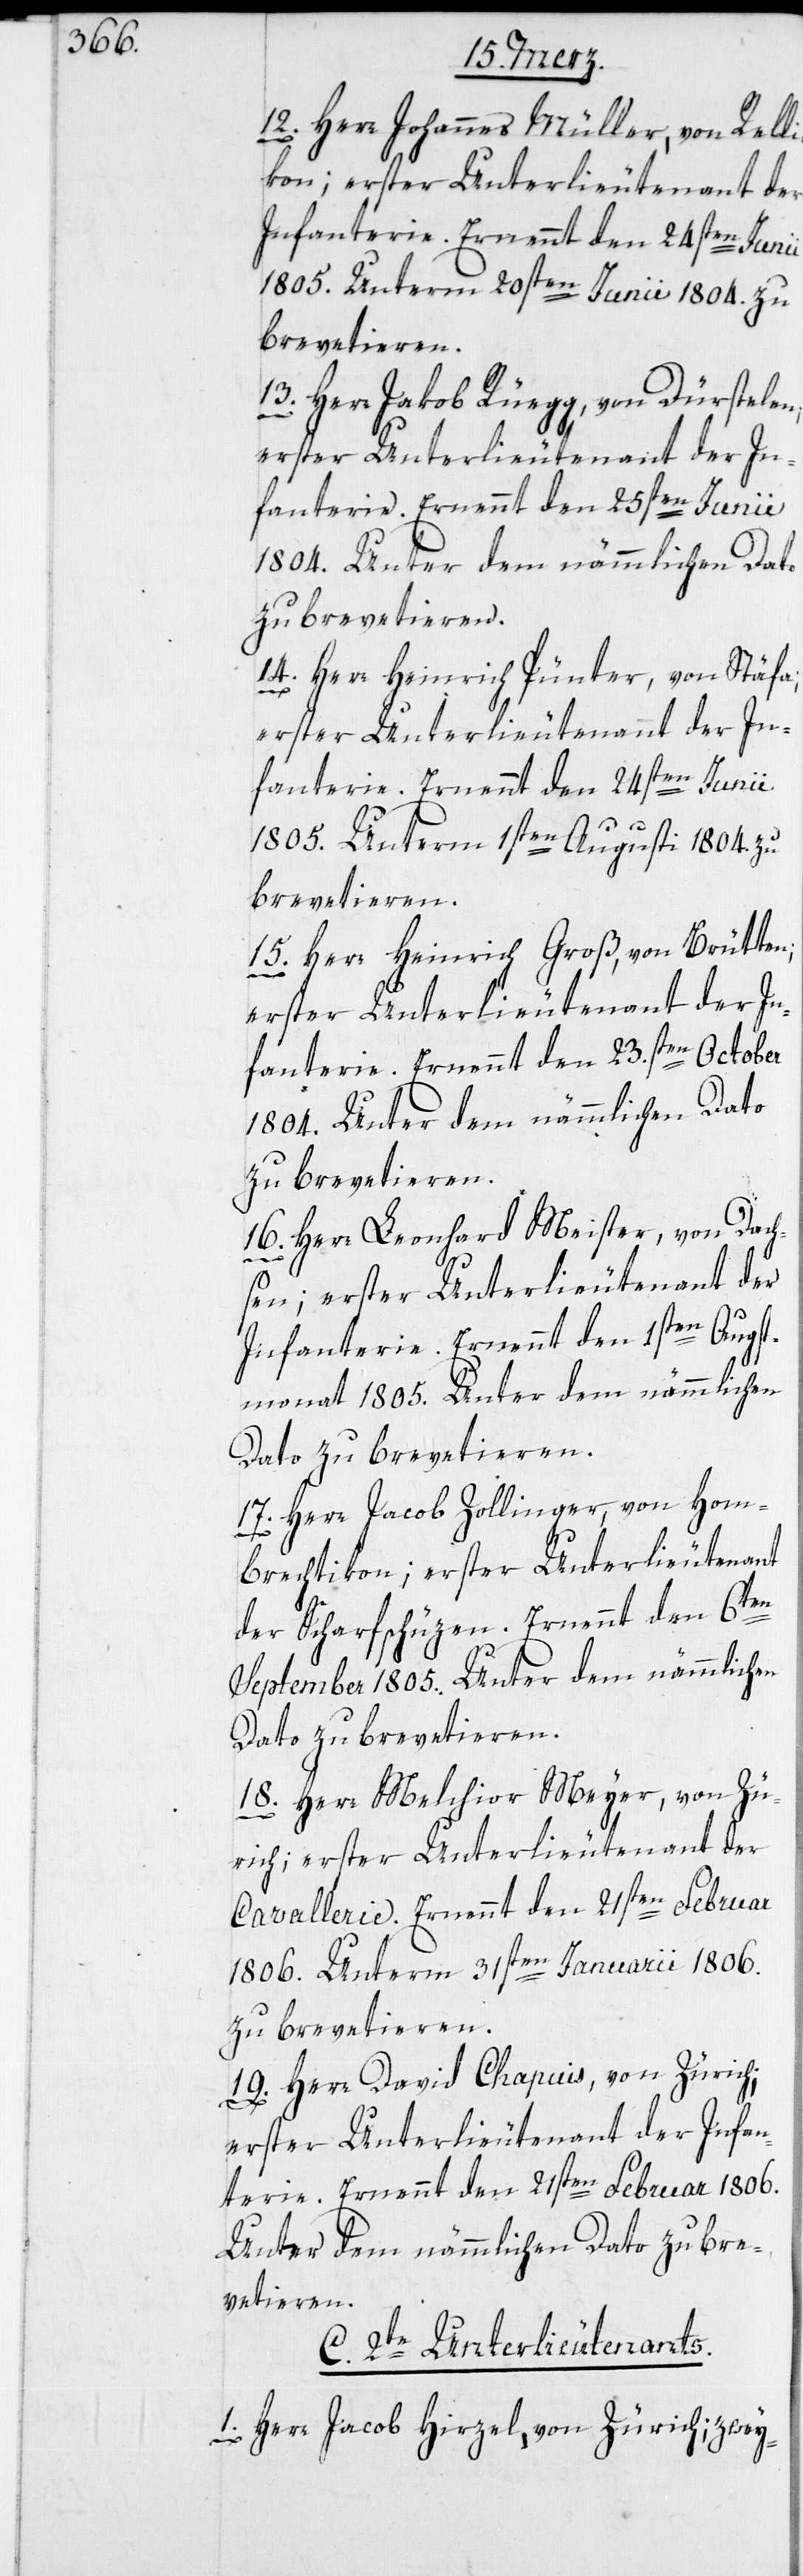
12. Herr Johannes Müller, von Rell¬
ikon; erster Unterlieutenant der
Infanterie. Ernennt den 24sten Junii
1805. Unterm 20sten Junii 1804. zu
brevetieren.
13. Herr Jakob Rüegg, von Dürstelen;
erster Unterlieutenant der In¬
fanterie. Ernennt den 25sten Junii
1804. Unter dem nämmlichen Dato
zu brevetieren.
14. Herr Heinrich Pünter, von Stäfa;
erster Unterlieutenant der In¬
fanterie. Ernennt den 24sten Junii
1805. Unterm 1sten Augusti 1804. zu
brevetieren.
15. Herr Heinrich Groß, von Brütten;
erster Unterlieutenant der In¬
fanterie. Ernennt den 23.sten October
1804. Unter dem nämmlichen Dato
zu brevetieren.
16. Herr Leonhard Meister, von Dach¬
sen; erster Unterlieutenant der
Infanterie. Ernennt den 1sten Augst¬
monat 1805. Unter dem nämmlichen
Dato zu brevetieren.
17. Herr Jacob Zollinger, von Hom¬
brechtikon; erster Unterlieutenant
der Scharfschüzen. Ernennt den 6ten
September 1805. Unter dem nämmlichen
Dato zu brevetieren.
18. Herr Melchior Meyer, von Zü¬
rich; erster Unterlieutenant der
Cavallerie. Ernennt den 21sten Februar
1806. Unterm 31sten Januarii 1806.
zu brevetieren.
19. Herr David Chapuis, von Zürich;
erster Unterlieutenant der Infan¬
terie. Ernennt den 21sten Februar 1806.
Unter dem nämmlichen Dato zu bre¬
vetieren.
C. 2te Unterlieutenants.
1. Herr Jacob Hirzel, von Zürich; zwey-